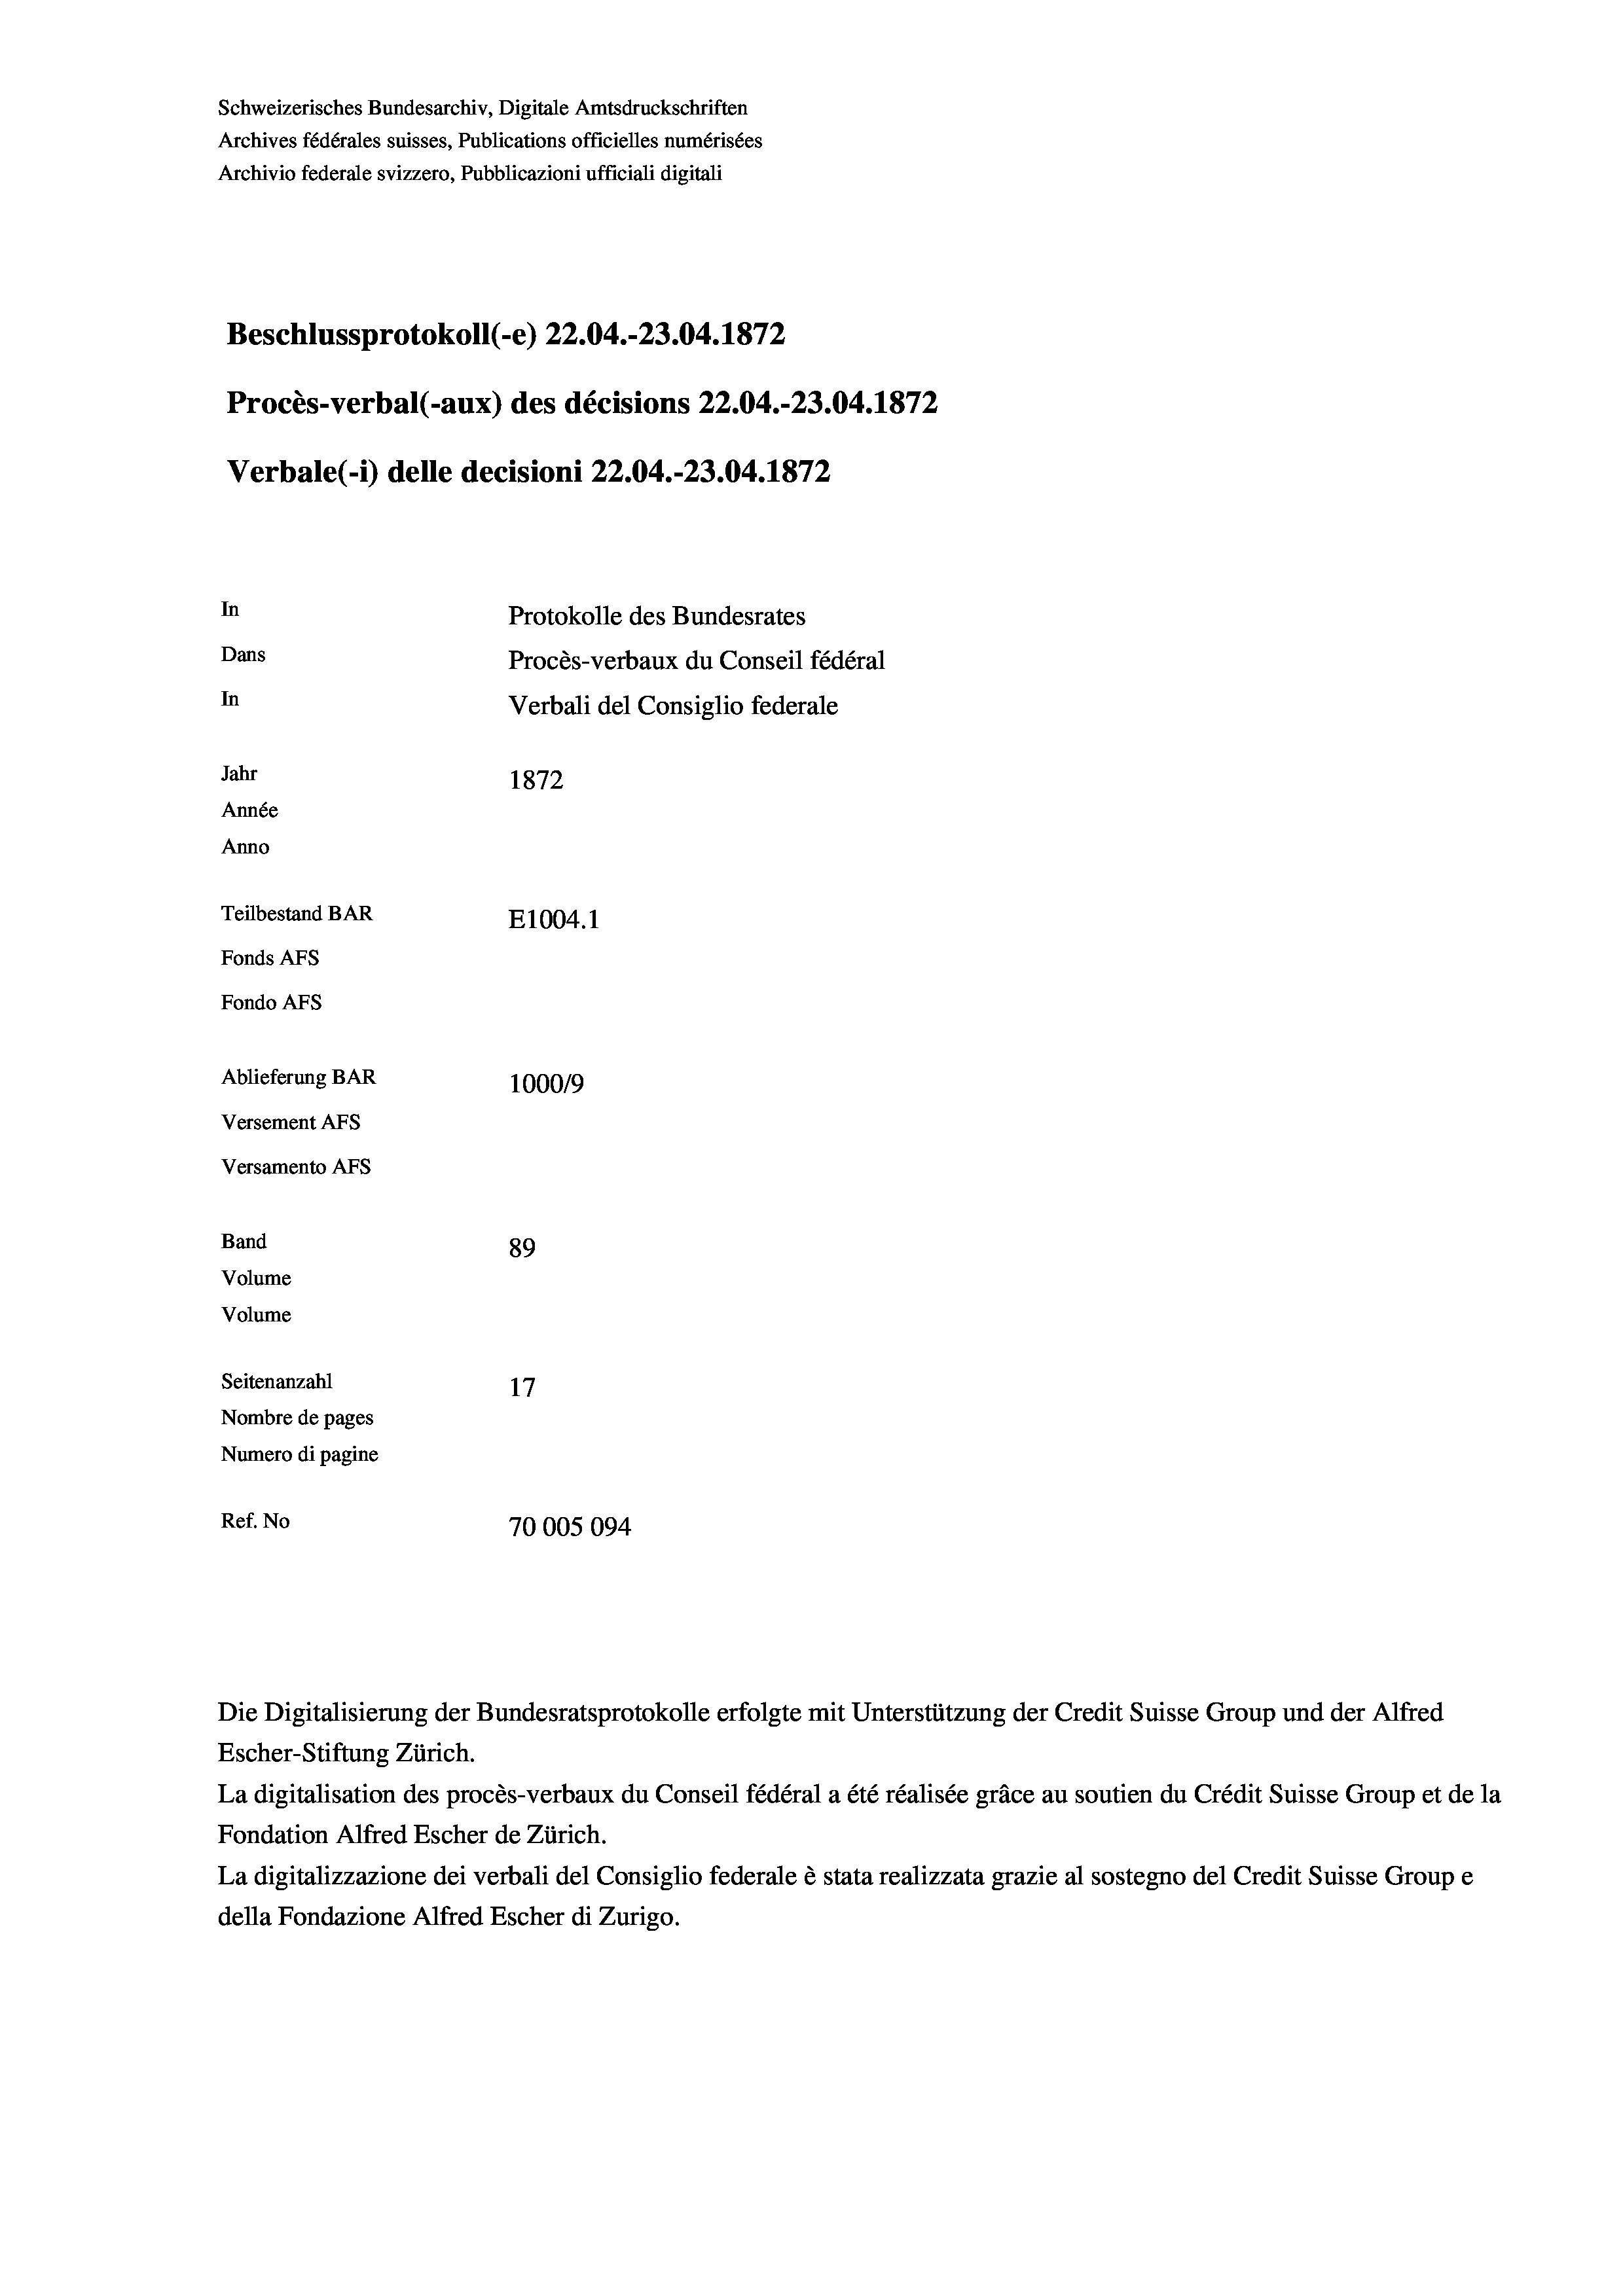
Schweizerisches Bundesarchiv, Digitale Amtsdruckschriften
Archives fédérales suisses, Publications officielles numérisées
Archivio federale svizzero, Pubblicazioni ufficiali digitali
Beschlussprotokoll (-e) 22.04.-23.04. 1872
Procès-verbal (-aux) des décisions 22.04.-23.04. 1872
Verbale (1) delle decisioni 22.04.-23.04. 1872
In
Protokolle des Bundesrates
Dans
Procès-verbaux du Conseil fédéral
In
Verbali del Consiglio federale
Jahr
1872
Année
Anno
Teilbestand BAR
E1004. 1
Fonds AFs
Fondo Afs
Ablieferung BAR
100019
Versement AFs
Versamento AFs
Band
89
Volume
Volume
Seitenanzahl
17
Nombre de pages
Numero di pagine
Ref. No
70005094

Die Digitalisierung der Bundesratsprotokolle erfolgte mit Unterstützung der Credit Suisse Group und der Alfred

Escher-Stiftung Zürich.
La digitalisation des procès-verbaux du Conseil fédéral a été réalisée gräce au soutien du Crédit Suisse Group et de la
Fondation Alfred Escher de Zürich.
La digitalizzazione dei verbali del Consiglio federale è stata realizzata grazie al sostegno del Credit Suisse Groupe
della Fondazione Alfred Escher di Zurigo.